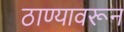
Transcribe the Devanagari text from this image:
ठाण्यावरून